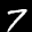
Label: 7